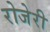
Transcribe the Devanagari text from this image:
रोजेरी